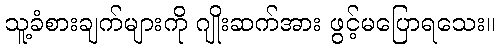
သူ့ခံစားချက်များကို ဂျိုးဆက်အား ဖွင့်မပြောရသေး။